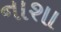
નાશા